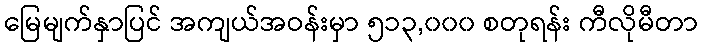
မြေမျက်နှာပြင် အကျယ်အဝန်းမှာ ၅၁၃,၀၀၀ စတုရန်း ကီလိုမီတာ